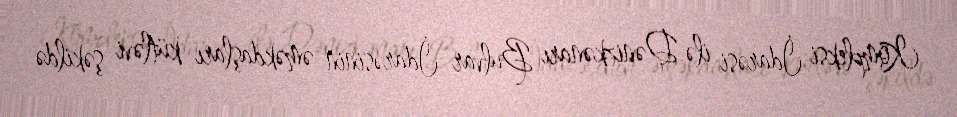
Kompleksi İdarəsi ilə Dənizkənarı Bulvar İdarəsinin əməkdaşları kütləvi şəkildə